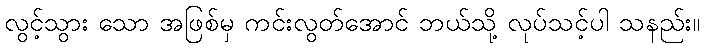
လွင့်သွား သော အဖြစ်မှ ကင်းလွတ်အောင် ဘယ်သို့ လုပ်သင့်ပါ သနည်း။